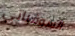
السوفياتي